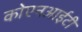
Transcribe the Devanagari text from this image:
कोएनआईटी